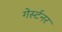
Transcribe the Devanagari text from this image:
गेर्स्टनर